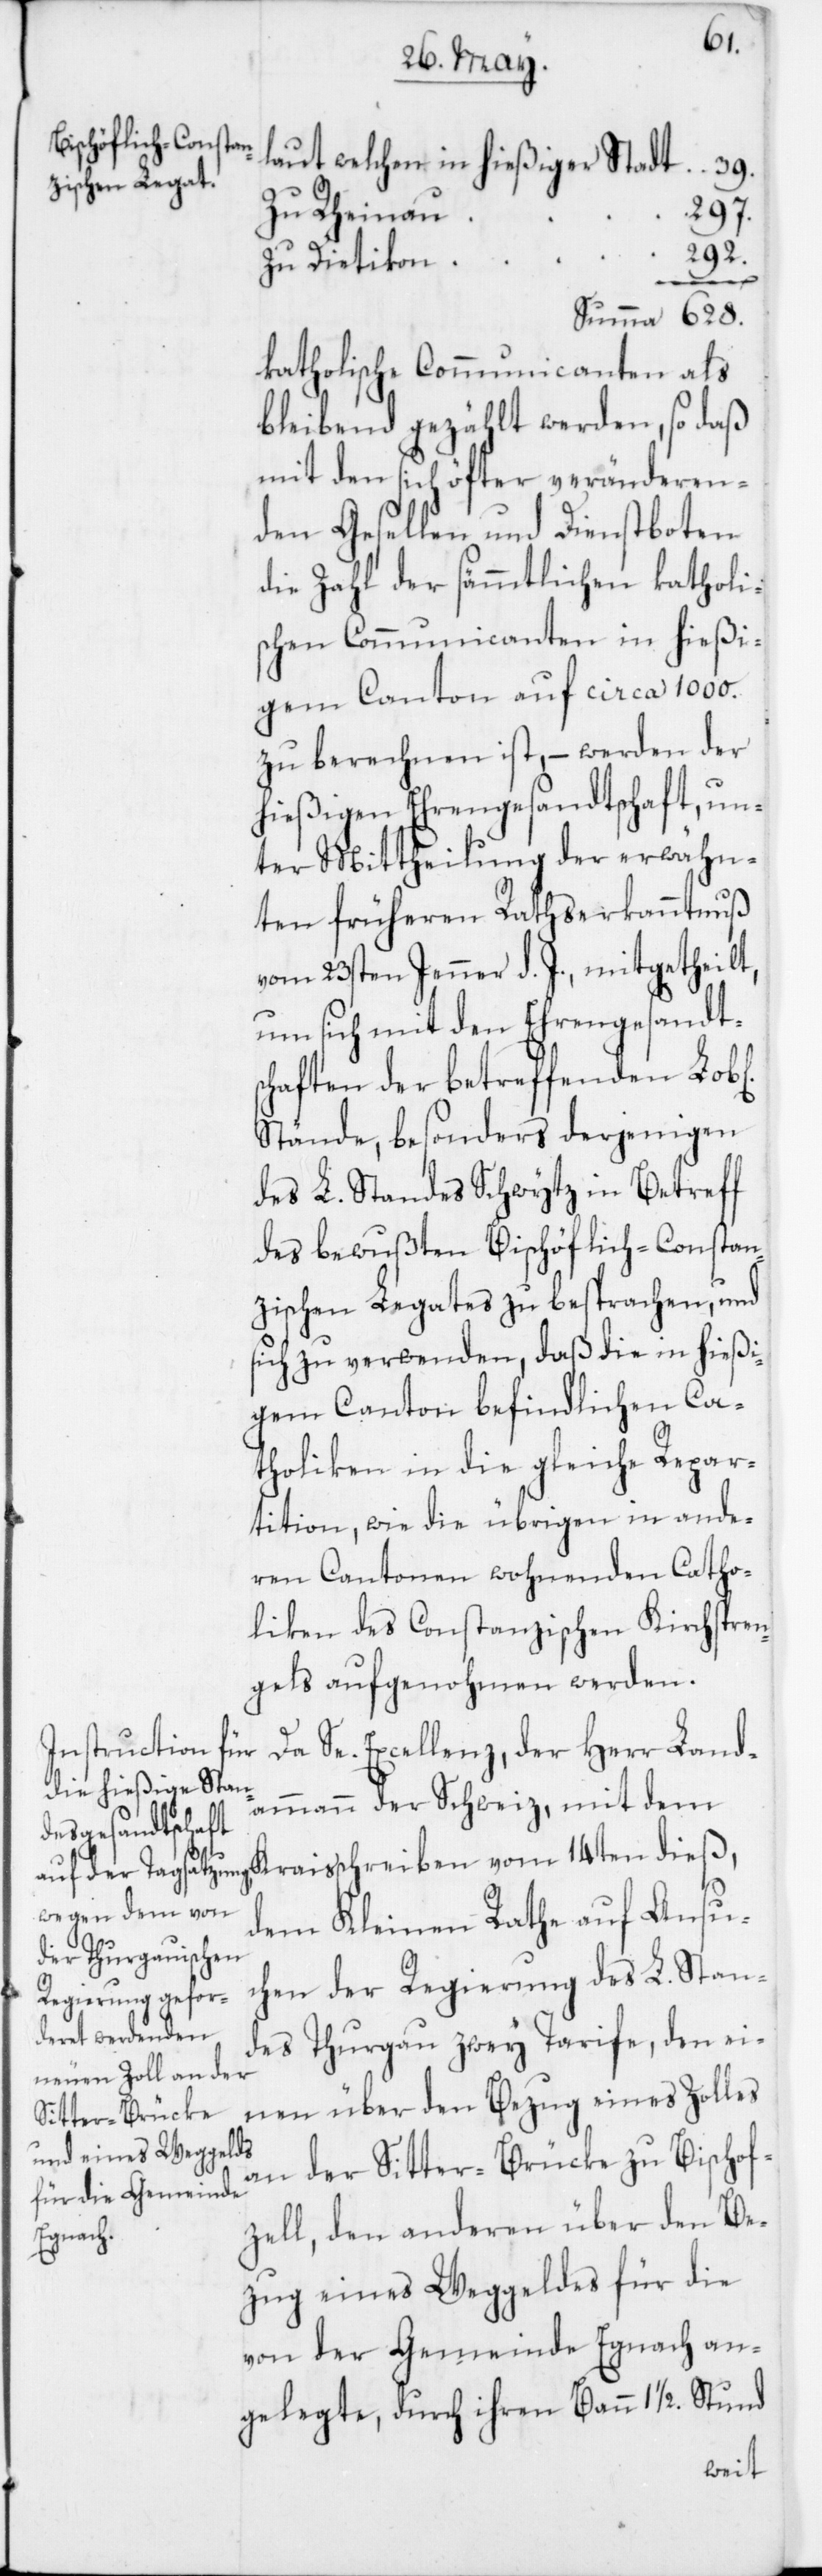
b[lichen]
laut welchen in hießiger Stadt	 39.
zu Rheina¬
n	292.
zu Dietiko¬
katholische Comunicanten als
bleibend gezählt werden, so daß
mit den sich öfter veränderen¬
den Gesellen und Dienstboten
die Zahl der sämmtlichen katholi¬
schen Communicanten in hießi¬
gem Canton auf circa 1000.
zu berechnen ist, – werden der
hießigen Ehrengesandtschaft, un¬
ter Mittheilung der erwähn¬
ten früheren Rathserkanntnuß
vom 23sten Jenner d. J., mitgetheilt,
um sich mit den Ehrengesandts¬
chaften der betreffenden Lo¬
Stände, besonders derjenigen
des L. Standes Schwytz in Betreff
des bewußten Bischöflich-Constan¬
zischen Legates zu besprachen, und
sich zu verwenden, daß die in hießi¬
gem Canton befindlichen Cat¬
holiken in die gleiche Repar¬
tition, wie die übrigen in ande¬
ren Cantonen wohnenden Catho¬
liken des Constanzischen Kirchspren¬
gels aufgenohmen werden.
Da Se. Excellenz der Herr Land¬
ammann der Schweiz mit dem
Kraisschreiben vom 14ten dieß,
dem Kleinen Rathe auf Ansu¬
chen der Regierung des L. Stan¬
des Thurgau zwey Tarife, den ei¬
nen über den Bezug eines Zolles
an der Sitter-Brücke zu Bischof¬
zell, den anderen über den Be¬
zug eines Weggeldes für die
von der Gemeinde Egnach an¬
gelegte, durch ihren Bann 1 ½ Stund